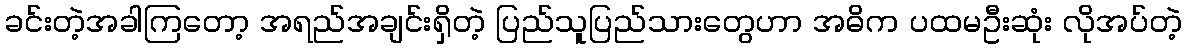
ခင်းတဲ့အခါကြတော့ အရည်အချင်းရှိတဲ့ ပြည်သူပြည်သားတွေဟာ အဓိက ပထမဦးဆုံး လိုအပ်တဲ့